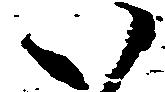
い